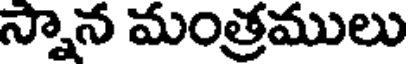
స్నాన మంత్రములు